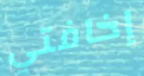
إخافتي